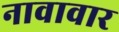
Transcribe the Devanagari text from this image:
नावावार